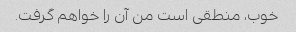
خوب، منطقی است من آن را خواهم گرفت.